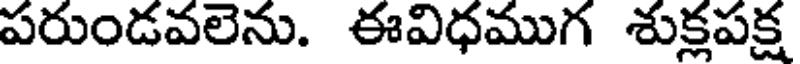
పరుండవలెను. ఈవిధముగ శుక్లపక్ష